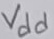
Text: Vdd